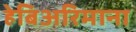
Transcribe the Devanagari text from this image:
हेबिअरिमाना